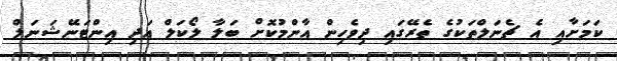
ކަމަށާއި އެ ޗެނަލްތަކުގެ ތެރޭގައި ދިވެހިން އާންމުކޮށް ބަލާ ލޯކަލް އަދި އިންޓަނޭޝަނަލް